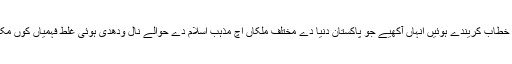
اسلامی تعاون دی تنظیم (او آئی سی) دے وزراءخارجہ دے سالانہ مشاورتی اجلاس نال خطاب کریندے ہوئیں انہاں آکھیے جو پاکستان دنیا دے مختلف ملکاں اچ مذہب اسلام دے حوالے نال ودھدی ہوئی غلط فہمیاں کوں مکاونڑسانگے اہم کردار ادا کریندا پئے ،جیندے کیتے آپس اچ مذاکرات دی ضرورت ہے۔